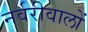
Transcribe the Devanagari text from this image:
नर्वरीवालों